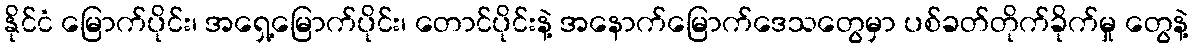
နိုင်ငံ မြောက်ပိုင်း၊ အရှေ့မြောက်ပိုင်း၊ တောင်ပိုင်းနဲ့ အနောက်မြောက်ဒေသတွေမှာ ပစ်ခတ်တိုက်ခိုက်မှု တွေနဲ့